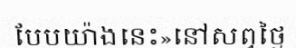
បែបយ៉ាងនេះ»នៅសព្វថ្ងៃ